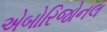
એબોરિજોનલ